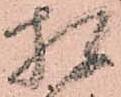
相